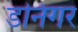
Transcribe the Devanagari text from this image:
डनिंगर